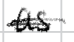
Text: as
Cross-out: double-line
Writing tool: digital_black